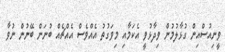
ވީނިއުސްއިން ގުޅާލުމުން ވިދާޅުވީ އެކަމާއި މިވަގުތު އެއްވެސް އެއްޗެއް ބުނަން ބޭނުން ނުވާ